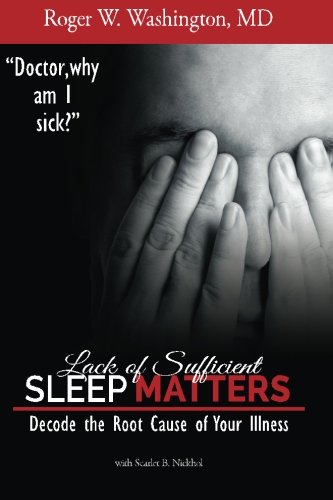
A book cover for Lack of Sufficient SLEEP MATTERS: Decode the Root Cause of Your Illness; Roger W. Washington MD; Health, Fitness & Dieting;